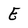
Character: E